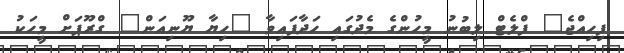
ފިހިއްޖެ" ފްލެޓް ލިބުނު މީހުންގެ މެދުގައި ހަދާފައިވާ "ހިޔާ ޔޫނިއަން" ގްރޫޕަށް މީހަކު